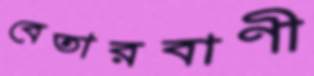
বেতারবাণী